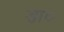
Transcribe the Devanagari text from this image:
ड़ा०